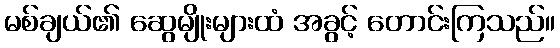
မစ်ချယ်၏ ဆွေမျိုးများထံ အခွင့် တောင်းကြသည်။